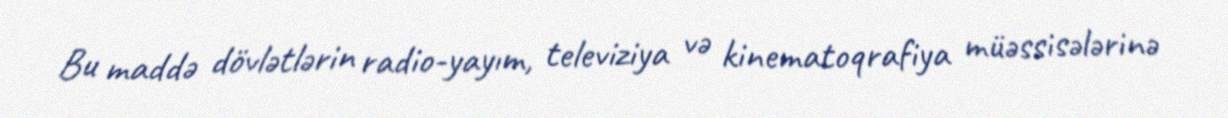
Bu maddə dövlətlərin radio-yayım, televiziya və kinematoqrafiya müəssisələrinə